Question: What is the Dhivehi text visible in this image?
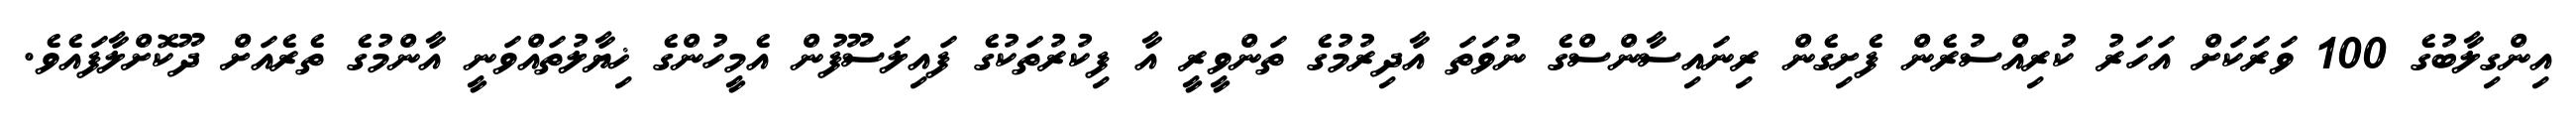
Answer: އިންގިލާބުގެ 100 ވަރަކަށް އަހަރު ކުރިއްސުރެން ފެށިގެން ރިނައިސާންސްގެ ނުވަތަ އާދިރުމުގެ ތަންވީރީ އާ ފިކުރުތަކުގެ ފައިލަސޫފުން އެމީހުންގެ ޚިޔާލުތައްވަނީ އާންމުގެ ތެރެއަށް ދޫކޮށްލާފައެވެ.